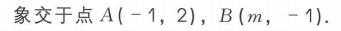
象交于点\(A(-1,2)\)，\(B(m,-1)\).